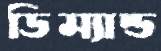
ডিম্যান্ড